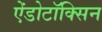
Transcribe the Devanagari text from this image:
ऐंडोटॉक्सिन